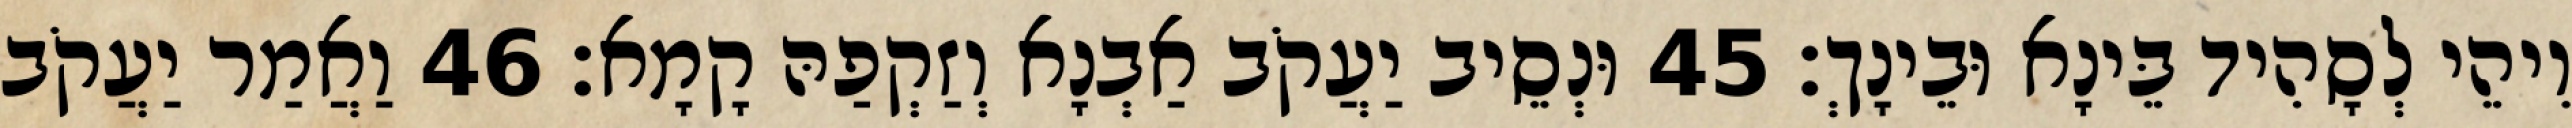
וִיהֵי לְסָהִיד בֵּינָא וּבֵינָךְ׃ 45 וּנְסֵיב יַעֲקֹב אַבְנָא וְזַקְפַהּ קָמָא׃ 46 וַאֲמַר יַעֲקֹב